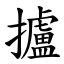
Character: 攎